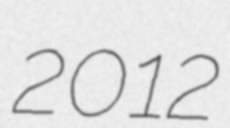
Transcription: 2012